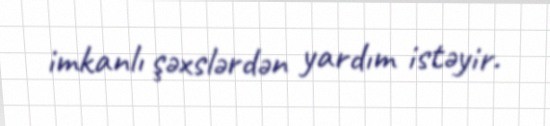
imkanlı şəxslərdən yardım istəyir.